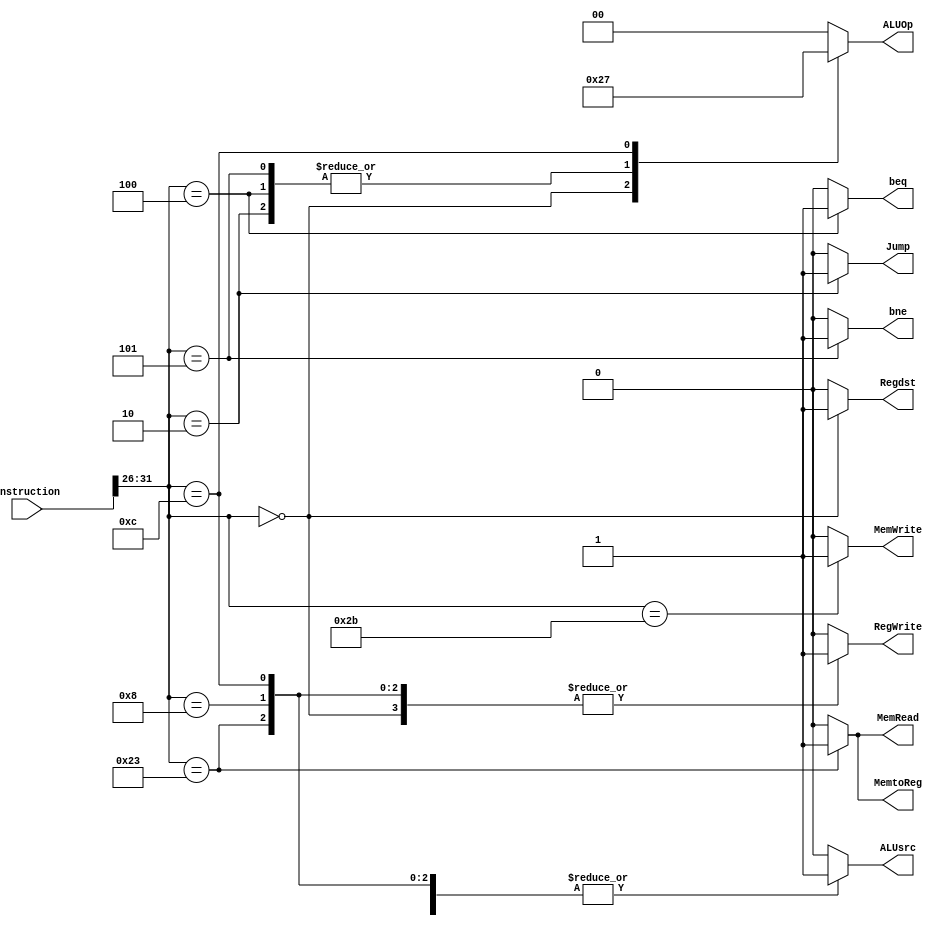
`timescale 1ns / 1ps
//////////////////////////////////////////////////////////////////////////////////
// Company: 
// Engineer: 
// 
// Design Name: 
// Module Name: control
// Project Name: 
// Target Devices: 
// Tool Versions: 
// Description: 
// 
// Dependencies: 
// 
// Revision:
// Revision 0.01 - File Created
// Additional Comments:
// 
//////////////////////////////////////////////////////////////////////////////////


module control(
    input [31:0] instruction,
    output reg Regdst,
    output reg Jump,
    output reg beq,
    output reg bne,
    output reg MemRead,
    output reg MemtoReg,
    output reg[1:0] ALUOp,
    output reg MemWrite,
    output reg ALUsrc,
    output reg RegWrite
    );
    always@(*)begin
        case(instruction[31:26])
            6'h0: 
            begin
                Regdst=1;
                Jump = 0;
                beq = 0;
                MemRead = 0;
                MemtoReg = 0;
                ALUOp = 2'b10;
                MemWrite = 0;
                ALUsrc = 0;
                RegWrite = 1;
                bne = 0;
            end
            6'h23: //lw
            begin
                Regdst = 0;
                Jump = 0;
                beq = 0;
                MemRead = 1;
                MemtoReg = 1;
                ALUOp = 2'b00;
                MemWrite = 0;
                ALUsrc = 1;
                RegWrite = 1;
                bne = 0;
            end
            6'h2b:
            begin //sw
                Regdst = 0;
                Jump = 0;
                beq = 0;
                MemRead = 0;
                MemtoReg = 0;
                ALUOp = 2'b00;
                MemWrite = 1;
                ALUsrc = 1;
                RegWrite = 0;
                bne = 0;
            end
            6'h4: //beq
            begin 
                Regdst = 0;
                Jump = 0;
                beq = 1;
                MemRead = 0;
                MemtoReg = 0;
                ALUOp = 2'b01;
                MemWrite = 0;
                ALUsrc = 1;
                RegWrite = 0;
                bne = 0;
            end  
            6'h5: //bne
            begin 
                Regdst = 0;
                Jump = 0;
                beq = 0;
                MemRead = 0;
                MemtoReg = 0;
                ALUOp = 2'b01;
                MemWrite = 0;
                ALUsrc = 1;
                RegWrite = 0;
                bne = 1;
            end
            6'h2: //J
            begin 
                Regdst = 0;
                Jump = 1;
                beq = 0;
                MemRead = 0;
                MemtoReg = 0;
                ALUOp = 2'b01;
                MemWrite = 0;
                ALUsrc = 0;
                RegWrite = 0;
                bne = 0;
            end
            6'h8: //addi
            begin 
                Regdst = 0;
                Jump = 0;
                beq = 0;
                MemRead = 0;
                MemtoReg = 0;
                ALUOp = 2'b00;
                MemWrite = 0;
                ALUsrc = 1;
                RegWrite = 1;
                bne = 0;
            end   
            6'hc: //andi
            begin 
                Regdst = 0;
                Jump = 0;
                beq = 0;
                MemRead = 0;
                MemtoReg = 0;
                ALUOp = 2'b11;
                MemWrite = 0;
                ALUsrc = 1;
                RegWrite = 1;
                bne = 0;
            end                        
            default: begin
                Regdst = 0;
                Jump = 0;
                beq = 0;
                MemRead = 0;
                MemtoReg = 0;
                ALUOp = 2'b00;
                MemWrite = 0;
                ALUsrc = 0;
                RegWrite = 0;
                bne = 0;  
            end                   
        endcase
    end
endmodule